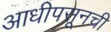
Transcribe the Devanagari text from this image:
आधीपसूनची